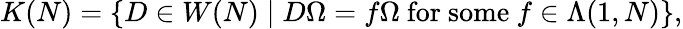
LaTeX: K(N)=\lbrace D\in W(N)\mid D\Omega=f\Omega\mathrm{~for~some~}f\in\Lambda(1,N)\rbrace,